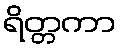
ရိတ္တကာ